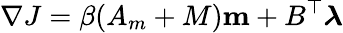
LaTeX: \nabla J=\beta(A_{m}+M)\mathbf{m}+B^{\top}\boldsymbol{\lambda}